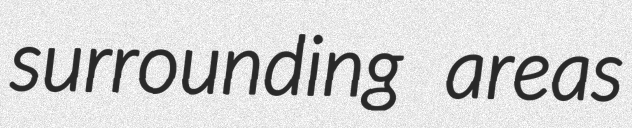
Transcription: surrounding areas